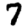
Digit: 7